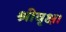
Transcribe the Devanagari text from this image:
श्रीवृक्ष।